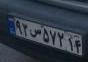
۹۲س۵۷۲۱۹